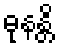
ဓုနန္တိ